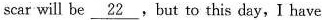
scar will be \underline{22},bout to this day,I have